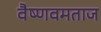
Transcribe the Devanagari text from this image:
वैष्णवमताज